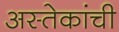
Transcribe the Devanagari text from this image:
अस्तेकांची